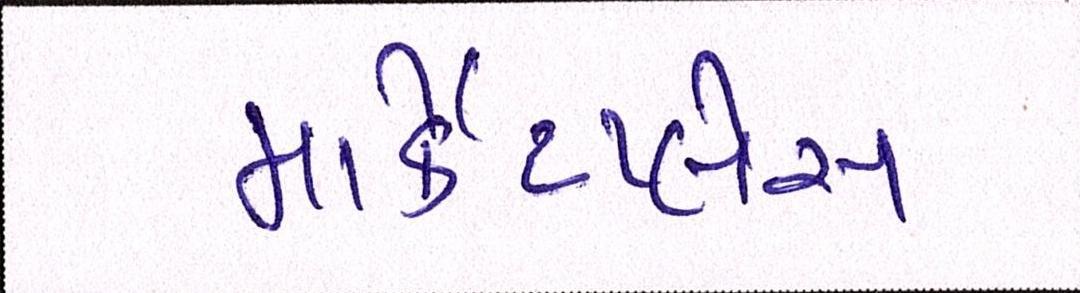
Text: માર્કેટપ્લેસ